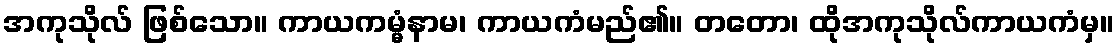
အကုသိုလ် ဖြစ်သော။ ကာယကမ္မံနာမ၊ ကာယကံမည်၏။ တတော၊ ထိုအကုသိုလ်ကာယကံမှ။